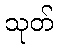
သုတ်